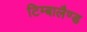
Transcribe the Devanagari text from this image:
टिम्बालैण्ड